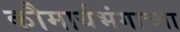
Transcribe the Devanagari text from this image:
कौमार्यभंगाच्या